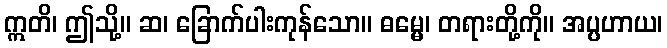
ဣတိ၊ ဤသို့။ ဆ၊ ခြောက်ပါးကုန်သော။ ဓမ္မေ၊ တရားတို့ကို။ အပ္ပဟာယ၊